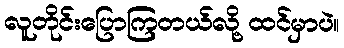
လူတိုင်းပြောကြတယ်လို့ ထင်မှာပဲ။